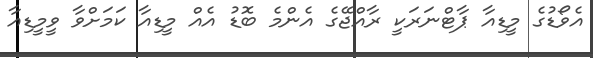
އެވޯޑުގެ މީޑިއާ ޕާޓްނަރަކީ ރާއްޖޭގެ އެންމެ ބޮޑު އެއް މީޑިއާ ކަމަށްވާ ވީމީޑިއާ